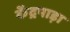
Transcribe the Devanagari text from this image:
केंद्रपाड़ा